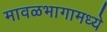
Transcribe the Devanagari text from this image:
मावळभागामध्ये